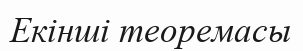
Екінші теоремасы